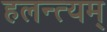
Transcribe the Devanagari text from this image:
हलन्त्यम्